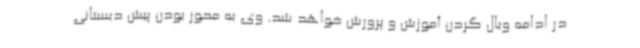
در ادامه وبال گردن آموزش و پرورش خواهد شد. وی به محور بودن پیش دبستانی